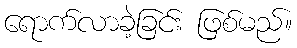
ရောက်လာခဲ့ခြင်း ဖြစ်မည်။